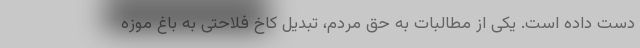
دست داده است. یکی از مطالبات به حق مردم، تبدیل کاخ فلاحتی به باغ موزه